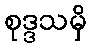
စုဒ္ဒသမှိ